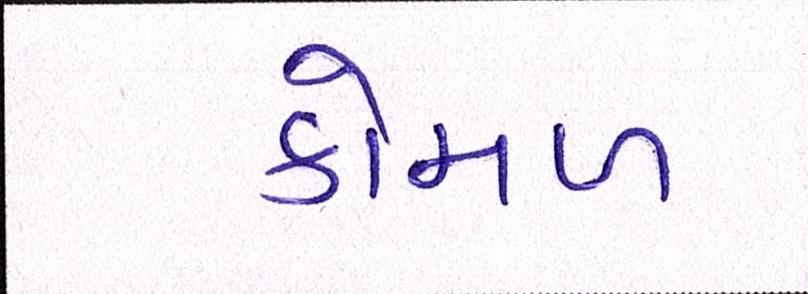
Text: કોમળ